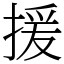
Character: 援